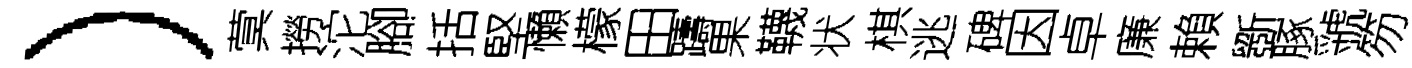
）蓂撈沱腳括堅懶檬田躊果韈状棋逃碑因卓廉賴斵䐁虢笏